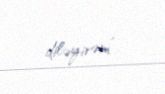
diləyirəm”.